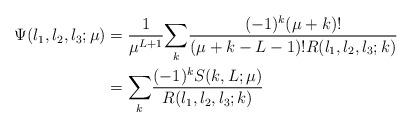
LaTeX: \begin{align*}\Psi(l_{1},l_{2},l_{3};\mu) & =\frac{1}{\mu^{L+1}}{\sum_{k}}\frac{(-1)^{k}(\mu+k)!}{(\mu+k-L-1)!R(l_{1},l_{2},l_{3};k)}\ \\& ={\sum_{k}}\frac{(-1)^{k}S(k,L;\mu)}{R(l_{1},l_{2},l_{3};k)}\end{align*}